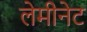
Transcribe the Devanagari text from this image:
लेमीनेट